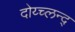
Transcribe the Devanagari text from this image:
दोय्च्लन्द्